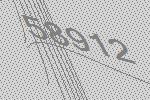
58912